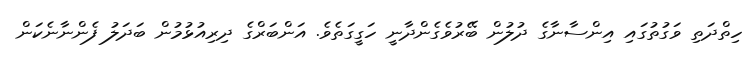
ހިތްދަތި ވަގުތުގައި އިންސާނާގެ ދުލުން ބޭރުވެގެންދާނީ ހަގީގަތެވެ. އަންބަރްގެ ދިރިއުޅުމުން ބަދަލު ފެންނާނެކަން